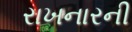
રાખનારની